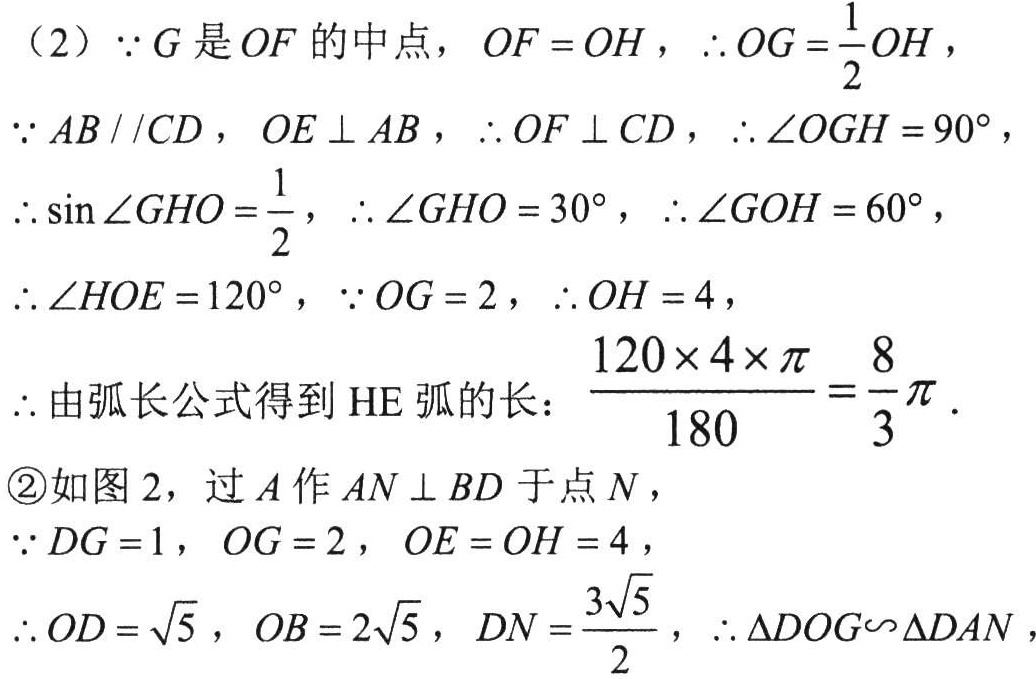
（2）\(\because G\)是\(OF\)的中点，\(OF = OH\)，\(\therefore OG=\frac{1}{2}OH\)，
\(\because AB\parallel CD\)，\(OE\perp AB\)，\(\therefore OF\perp CD\)，\(\therefore \angle OGH = 90^{\circ}\)，
\(\therefore \sin\angle GHO=\frac{1}{2}\)，\(\therefore \angle GHO = 30^{\circ}\)，\(\therefore \angle GOH = 60^{\circ}\)，
\(\therefore \angle HOE = 120^{\circ}\)，\(\because OG = 2\)，\(\therefore OH = 4\)，
\(\therefore\)由弧长公式得到\(HE\)弧的长：\(\frac{120\times 4\times \pi}{180}=\frac{8}{3}\pi\)．
\textcircled{2}如图2，过\(A\)作\(AN\perp BD\)于点\(N\)，
\(\because DG = 1\)，\(OG = 2\)，\(OE = OH = 4\)，
\(\therefore OD=\sqrt{5}\)，\(OB = 2\sqrt{5}\)，\(DN=\frac{3\sqrt{5}}{2}\)，\(\therefore \triangle DOG\backsim\triangle DAN\)，